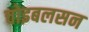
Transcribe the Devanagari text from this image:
चोइबलसन